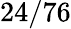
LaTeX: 24/76